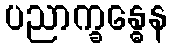
ပညာက္ခန္ဓေန